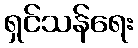
ရှင်သန်ရေး